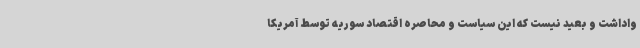
واداشت و بعید نیست که این سیاست و محاصره اقتصاد سوریه توسط آمریکا